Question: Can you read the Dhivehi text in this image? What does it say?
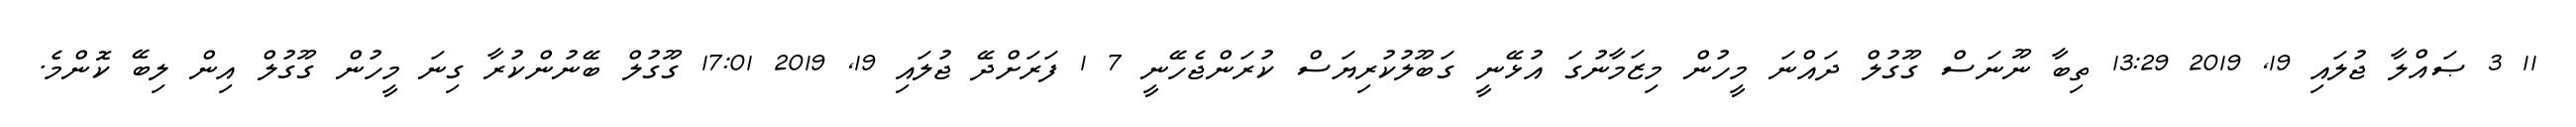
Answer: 11 3 ޞައްލާ ޖުލައި 19, 2019 13:29 ތިބާ ނޫނަސް ގޫގުލް ދައްނަ މީހުން މިޒަމާނުގަ އުޅޭނީ ގަބޫލުކުރިޔަސް ކުރަންޖެހޭނީ 7 1 ފަރަށްދޭ ޖުލައި 19, 2019 17:01 ގޫގުލް ބޭނުންކުރާ ގިނަ މީހުން ގޫގުލް އިން ލިބޭ ކޮންމެ.